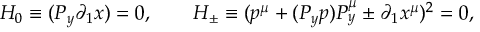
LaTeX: \qquad H _ { 0 } \equiv ( P _ { y } \partial _ { 1 } x ) = 0 , \qquad H _ { \pm } \equiv ( p ^ { \mu } + ( P _ { y } p ) P _ { y } ^ { \mu } \pm \partial _ { 1 } x ^ { \mu } ) ^ { 2 } = 0 ,